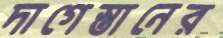
দাগেস্তানের